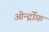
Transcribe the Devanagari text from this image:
ओर्न्द्रोफ़